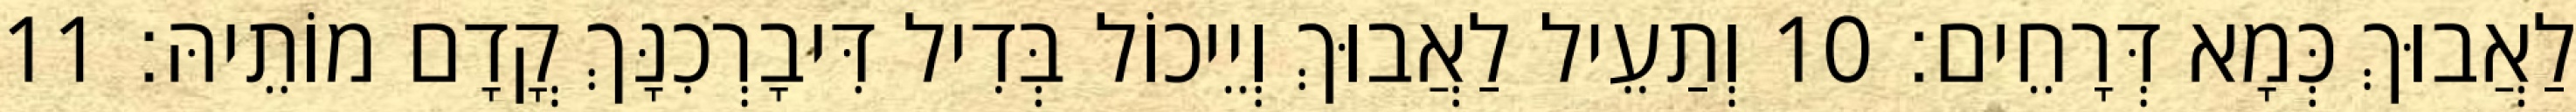
לַאֲבוּךְ כְּמָא דְּרָחֵים׃ 10 וְתַעֵיל לַאֲבוּךְ וְיֵיכוֹל בְּדִיל דִּיבָרְכִנָּךְ קֳדָם מוֹתֵיהּ׃ 11